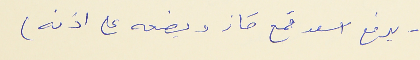
- يرفع اسعد قمع كاز ويضعه على اذنه)